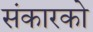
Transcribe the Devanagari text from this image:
संकारको